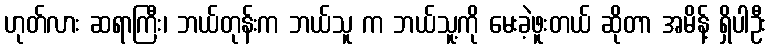
ဟုတ်လား ဆရာကြီး၊ ဘယ်တုန်းက ဘယ်သူ က ဘယ်သူ့ကို မေးခဲ့ဖူးတယ် ဆိုတာ အမိန့် ရှိပါဦး